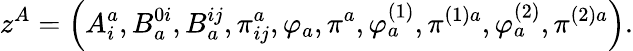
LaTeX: z^{A}=\left(A_{i}^{a},B_{a}^{0i},B_{a}^{ij},\pi_{ij}^{a},\varphi_{a},\pi^{a},\varphi_{a}^{\left(1\right)},\pi^{(1)a},\varphi_{a}^{\left(2\right)},\pi^{(2)a}\right).